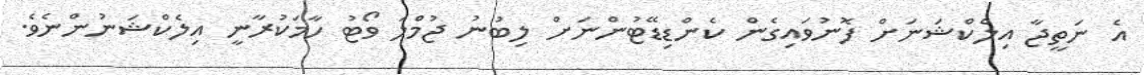
އެ ނަތީޖާ އިލެކްޝަނަށް ފޮނުވައިގެން ކެންޑިޑޭޓުންނަށް ލިބުނު ޖުމްލަ ވޯޓު ހާމަކުރާނީ އިލެކްޝަނުންނެވެ.